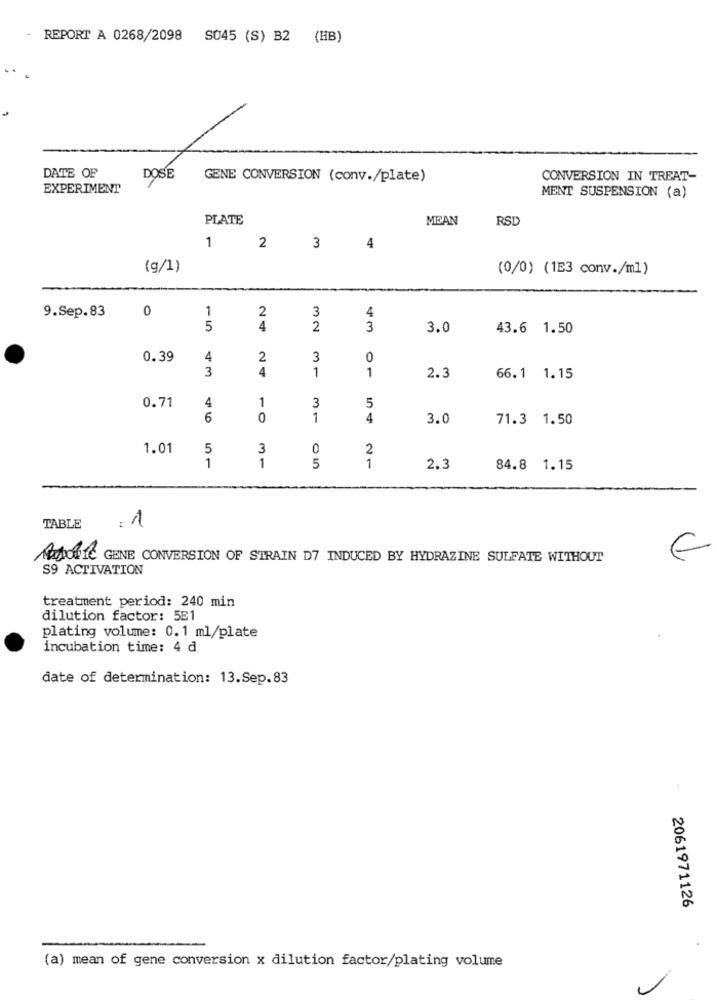
REPORT A 0268/2098 S045 (S) B2 (HB)
DATE OF
DOSE
GENE CONVERSION (conv./plate)
CONVERSION IN TREAT-
EXPERIMENT
MENT SUSPENSION (a)
PLATE
MEAN
RSD
1
2
3
4
(g/1)
(0/0) (1E3 conv./ml)
9.Sep.83
0
1
2
3
4
5
4
2
3
3.0
43.6 1.50
0.39
4
2
3
0
3
4
1
1
2.3
66.1 1.15
0.71
1
3
4
5
6
0
1
4
3.0
71.3 1.50
1.01
5
3
0
2
1
1
1
5
2.3
84.8 1.15
TABLE
: 1
MEIOTIC GENE CONVERSION OF STRAIN D7 INDUCED BY HYDRAZINE SULFATE WITHOUT
€
S9 ACTIVATION
treatment period: 240 min
dilution factor: 5E1
plating volume: 0.1 ml/plate
incubation time: 4 d
date of determination: 13.Sep.83
2061971126
(a) mean of gene conversion x dilution factor/plating volume